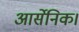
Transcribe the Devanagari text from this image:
आर्सेनिक।